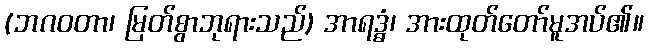
(ဘဂဝတာ၊ မြတ်စွာဘုရားသည်) အာရဒ္ဓံ၊ အားထုတ်တော်မူအပ်၏။